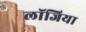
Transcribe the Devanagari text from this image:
लॉजिया